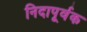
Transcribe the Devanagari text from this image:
निदापूर्वक